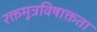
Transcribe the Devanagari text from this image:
रक्तमूत्रविषाक्तता